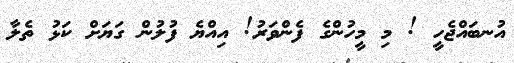
އުނބައްޖެހީ ! މި މީހުންގެ ފެންވަރު! އިއްޔެ ފުލުން ގަޔަށް ކަޅު ތެލާ